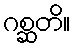
ဂစ္ဆတိ။